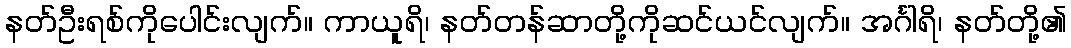
နတ်ဦးရစ်ကိုပေါင်းလျက်။ ကာယူရိ၊ နတ်တန်ဆာတို့ကိုဆင်ယင်လျက်။ အင်္ဂါရိ၊ နတ်တို့၏